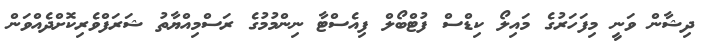
ދިޝާން ވަނީ މިފަހަރުގެ މައިލޯ ކިޑްސް ފުޓްބޯލް ފިއެސްޓާ ނިންމުމުގެ ރަސްމިއްޔާތު ޝަރަފްވެރިކޮށްދެއްވަން